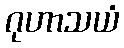
ဂုဟာသယံ